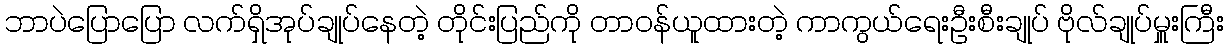
ဘာပဲပြောပြော လက်ရှိအုပ်ချုပ်နေတဲ့ တိုင်းပြည်ကို တာဝန်ယူထားတဲ့ ကာကွယ်ရေးဦးစီးချုပ် ဗိုလ်ချုပ်မှူးကြီး